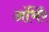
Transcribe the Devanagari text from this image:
अंभिरे